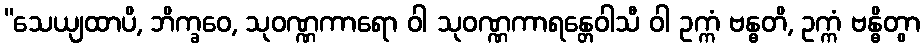
“သေယျထာပိ, ဘိက္ခဝေ, သုဝဏ္ဏကာရော ဝါ သုဝဏ္ဏကာရန္တေဝါသီ ဝါ ဥက္ကံ ဗန္ဓတိ, ဥက္ကံ ဗန္ဓိတွာ